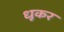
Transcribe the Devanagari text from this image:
धूकर